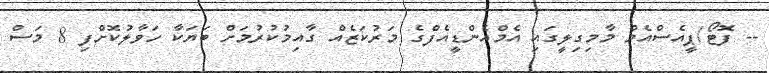
-- ފޮޓޯ/ޕީއެސްއެމް މާމިގިލީގައި އެމްއެންޑީއެފްގެ މަރުކަޒެއް ގާއިމުކުރުމަށް ބަޔަކާ ހަވާލުކޮށްފި 8 މަސް